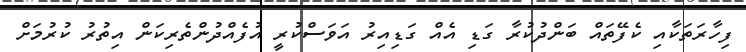
ފިހާރަތަކާއި ކެފޭތައް ބަންދުކުރާ ގަޑި އެއް ގަޑިއިރު އަވަސްކުރީ އުފެއްދުންތެރިކަން އިތުރު ކުރުމަށް